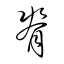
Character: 脊